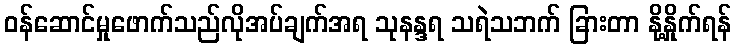
ဝန်ဆောင်မှုဖောက်သည်လိုအပ်ချက်အရ သုနန္ဒရ သရဲသဘက် ခြားတာ နို့နှိုက်ရန်